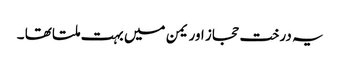
یہ درخت حجاز اور یمن میں بہت ملتا تھا ۔